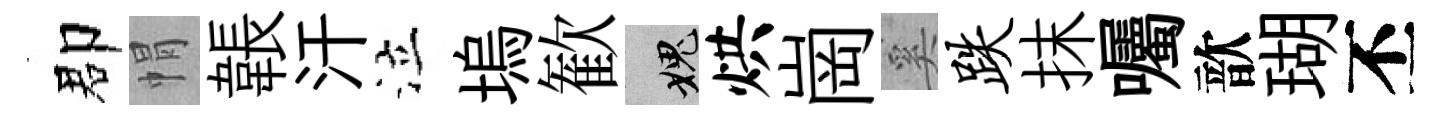
郡㡌韔汗泣塢歓愧烘崗奚跌抹囑歆瑚丕